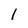
Character: 1